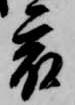
宿